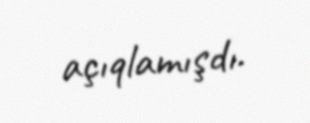
açıqlamışdı.